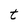
Character: t